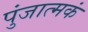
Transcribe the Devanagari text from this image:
पुंजात्मकं